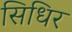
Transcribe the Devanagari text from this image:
सिधिर